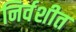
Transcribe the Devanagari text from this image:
निर्वशीत